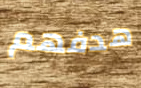
هدفهم